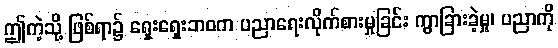
ဤကဲ့သို့ ဖြစ်ရာ၌ ရှေးရှေးဘဝက ပညာရေးလိုက်စားမှုခြင်း ကွာခြားခဲ့မှု၊ ပညာကို